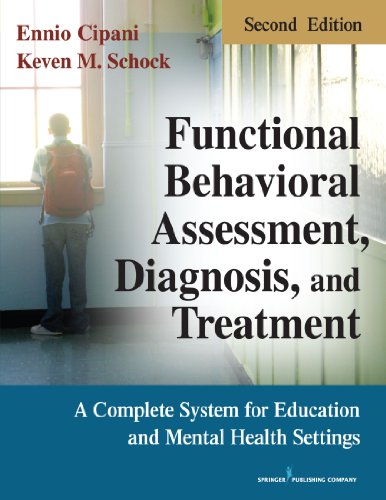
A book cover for Functional Behavioral Assessment, Diagnosis, and Treatment, Second Edition: A Complete System for Education and Mental Health Settings; Ennio Cipani PhD; Medical Books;